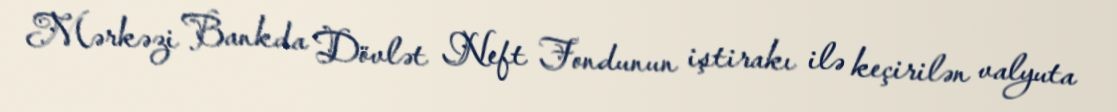
Mərkəzi Bankda Dövlət Neft Fondunun iştirakı ilə keçirilən valyuta